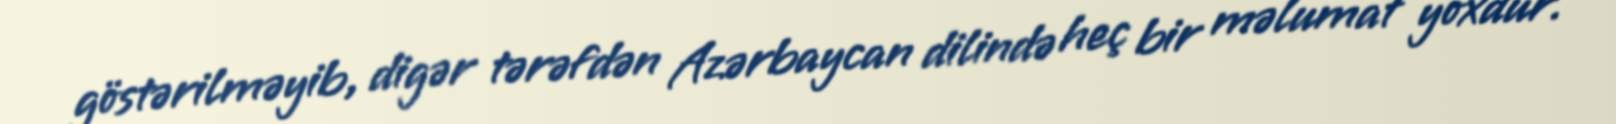
göstərilməyib, digər tərəfdən Azərbaycan dilində heç bir məlumat yoxdur.